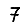
Digit: 7